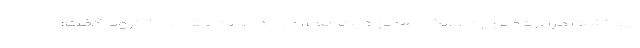
بهداشت درباره ضرورت اعمال محدودیت های جدید جهت مقابله با کرونا گفت: